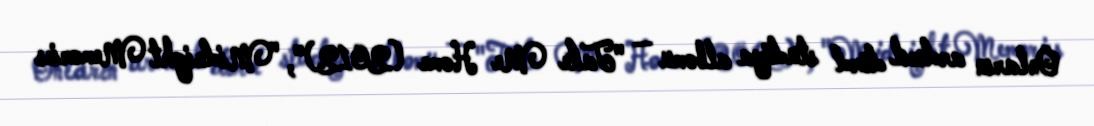
Onların ardıcıl dörd studiya albomu — "Take Me Home (2012)", "Midnight Memories